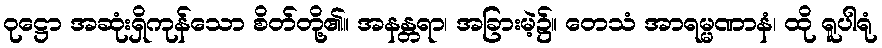
ဝုဋ္ဌော အဆုံးရှိကုန်သော စိတ်တို့၏။ အနန္တရာ၊ အခြားမဲ့၌။ တေသံ အာရမ္မဏာနံ၊ ထို ရူပါရုံ